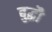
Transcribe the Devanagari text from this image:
बुद्धौ